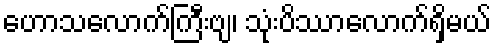
ဟောသလောက်ကြီးဗျ၊ သုံးပိဿာလောက်ရှိမယ်